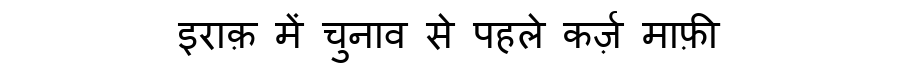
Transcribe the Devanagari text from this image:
इराक़ में चुनाव से पहले कर्ज़ माफ़ी